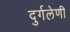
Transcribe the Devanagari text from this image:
दुर्गलेणी